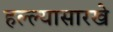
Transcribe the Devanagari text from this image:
हल्ल्यासारखे